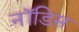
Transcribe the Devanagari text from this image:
नॉडिस